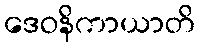
ဒေဝနိကာယာတိ